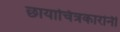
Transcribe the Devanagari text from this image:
छायाचित्रकारांनी